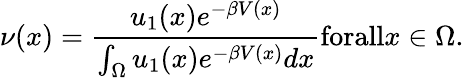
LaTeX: \nu(x)=\frac{u_{1}(x)e^{-\beta V(x)}}{\int_{\Omega}u_{1}(x)e^{-\beta V(x)}dx}\textrm{forall}x\in\Omega.